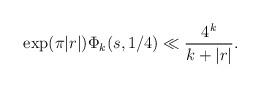
LaTeX: \begin{align*}\exp(\pi|r|)\Phi_k(s,1/4)\ll\frac{4^k}{k+|r|}.\end{align*}